Indian journal of veterinary science and animal husbandry - Volume 8,
Year: 1938
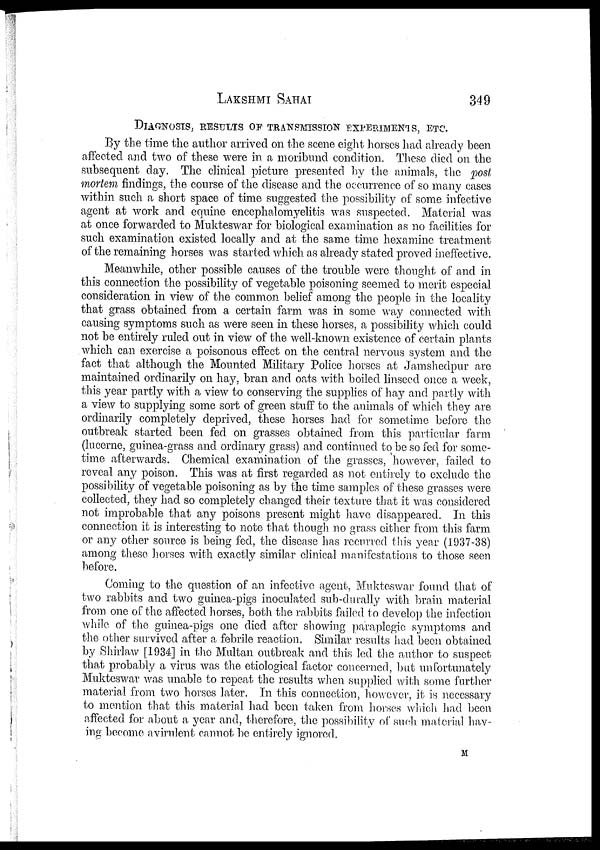
LAKSHMI
SAHAI
349
DIAGNOSIS, RESULTS OF TRANSMISSION EXPERIMENTS, ETC.
By the time the author arrived on the scene eight horses had already been
affected and two of these were in a moribund condition. These died on the
subsequent day. The clinical picture presented by the animals, the post
mortem findings, the course of the disease and the occurrence of so many cases
within such a short space of time suggested the possibility of some infective
agent at work and equine encephalomyelitis was suspected. Material was
at once forwarded to Mukteswar for biological examination as no facilities for
such examination existed locally and at the same time hexamine treatment
of the remaining horses was started which as already stated proved ineffective.
Meanwhile, other possible causes of the trouble were thought of and in
this connection the possibility of vegetable poisoning seemed to merit especial
consideration in view of the common belief among the people in the locality
that grass obtained from a certain farm was in some way connected with
causing symptoms such as were seen in these horses, a possibility which could
not be entirely ruled out in view of the well-known existence of certain plants
which can exercise a poisonous effect on the central nervous system and the
fact that although the Mounted Military Police horses at Jamshedpur are
maintained ordinarily on hay, bran and oats with boiled linseed once a week,
this year partly with a view to conserving the supplies of hay and partly with
a view to supplying some sort of green stuff to the animals of which they are
ordinarily completely deprived, these horses had for sometime before the
outbreak started been fed on grasses obtained from this particular farm
(lucerne, guinea-grass and ordinary grass) and continued to be so fed for some-
time afterwards. Chemical examination of the grasses, however, failed to
reveal any poison. This was at first regarded as not entirely to exclude the
possibility of vegetable poisoning as by the time samples of these grasses were
collected, they had so completely changed their texture that it was considered
not improbable that any poisons present might have disappeared. In this
connection it is interesting to note that though no grass either from this farm
or any other source is being fed, the disease has recurred this year (1937-38)
among these horses with exactly similar clinical manifestations to those seen
before.
Coming to the question of an infective agent, Mukteswar found that of
two rabbits and two guinea-pigs inoculated sub-durally with brain material
from one of the affected horses, both the rabbits failed to develop the infection
while of the guinea-pigs one died after showing paraplegic symptoms and
the other survived after a febrile reaction. Similar results had been obtained
by Shirlaw [1934] in the Multan outbreak and this led the author to suspect
that probably a virus was the etiological factor concerned, but unfortunately
Mukteswar was unable to repeat the results when supplied with some further
material from two horses later. In this connection, however, it is necessary
to mention that this material had been taken from horses which had been
affected for about a year and, therefore, the possibility of such material hav-
ing become avirulent cannot be entirely ignored.
M